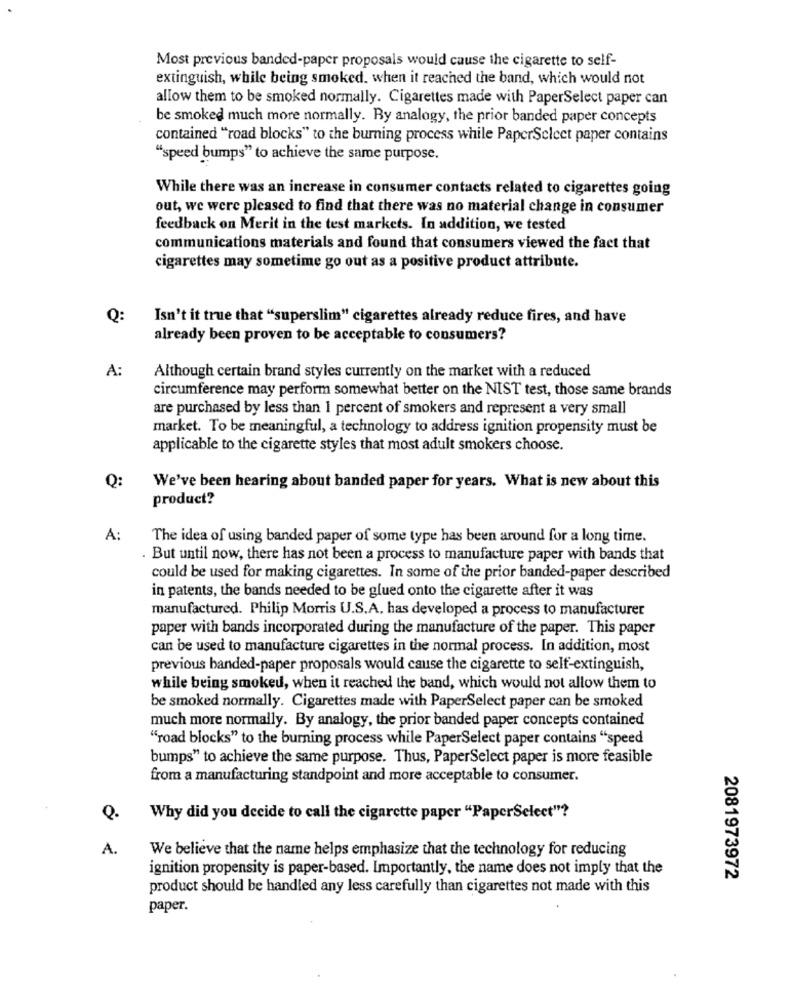
Most previous banded-paper proposals would cause the cigarette to self-
extinguish, while being smoked. when it reached the band, which would not
allow them to be smoked normally. Cigarettes made with PaperSelect paper can
be smoked much more normally. By analogy, the prior banded paper concepts
contained "road blocks" to the burning process while PaperSelect paper contains
"speed bumps" to achieve the same purpose.
While there was an increase in consumer contacts related to cigarettes going
out, we were pleased to find that there was no material change in consumer
feedback on Merit in the test markets. In addition, we tested
communications materials and found that consumers viewed the fact that
cigarettes may sometime go out as a positive product attribute.
Q:
Isn't it true that "superslim" cigarettes already reduce fires, and have
already been proven to be acceptable to consumers?
A:
Although certain brand styles currently on the market with a reduced
circumference may perform somewhat better on the NIST test, those same brands
are purchased by less than 1 percent of smokers and represent a very small
market. To be meaningful, a technology to address ignition propensity must be
applicable to the cigarette styles that most adult smokers choose.
Q:
We've been hearing about banded paper for years. What is new about this
product?
A:
The idea of using banded paper of some type has been around for a long time.
. But until now, there has not been a process to manufacture paper with bands that
could be used for making cigarettes. In some of the prior banded-paper described
in patents, the bands needed to be glued onto the cigarette after it was
manufactured. Philip Morris U.S.A. has developed a process to manufacturer
paper with bands incorporated during the manufacture of the paper. This paper
can be used to manufacture cigarettes in the normal process. In addition, most
previous banded-paper proposals would cause the cigarette to self-extinguish,
while being smoked, when it reached the band, which would not allow them to
be smoked normally. Cigarettes made with PaperSelect paper can be smoked
much more normally. By analogy, the prior banded paper concepts contained
"road blocks" to the burning process while PaperSelect paper contains "speed
bumps" to achieve the same purpose. Thus, PaperSelect paper is more feasible
from a manufacturing standpoint and more acceptable to consumer.
Q.
Why did you decide to call the cigarette paper "PaperSelect"?
A.
We believe that the name helps emphasize that the technology for reducing
ignition propensity is paper-based. Importantly, the name does not imply that the
2081973972
product should be handled any less carefully than cigarettes not made with this
paper.